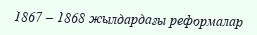
1867 – 1868 жылдардағы реформалар